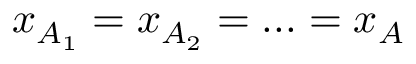
x _ { A _ { 1 } } = x _ { A _ { 2 } } = . . . = x _ { A }